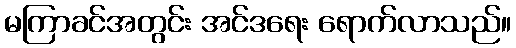
မကြာခင်အတွင်း အင်ဒရေး ရောက်လာသည်။